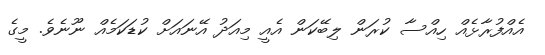
އެއްފުރާޅެއް ހިއްސާ ކުރަން ލިބޭކަން އެއީ މިއަދު އޭނައަށް ކުޑަކަމެއް ނޫނެވެ. މީގެ